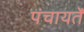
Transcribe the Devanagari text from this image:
पंचायतेँ